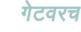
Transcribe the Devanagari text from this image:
गेटवरच